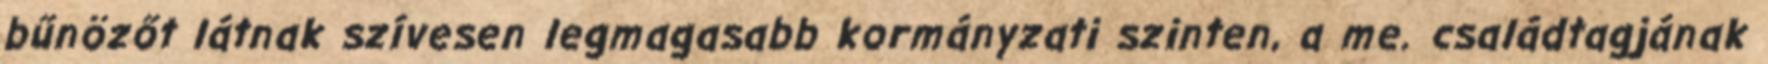
bűnözőt látnak szívesen legmagasabb kormányzati szinten, a me. családtagjának